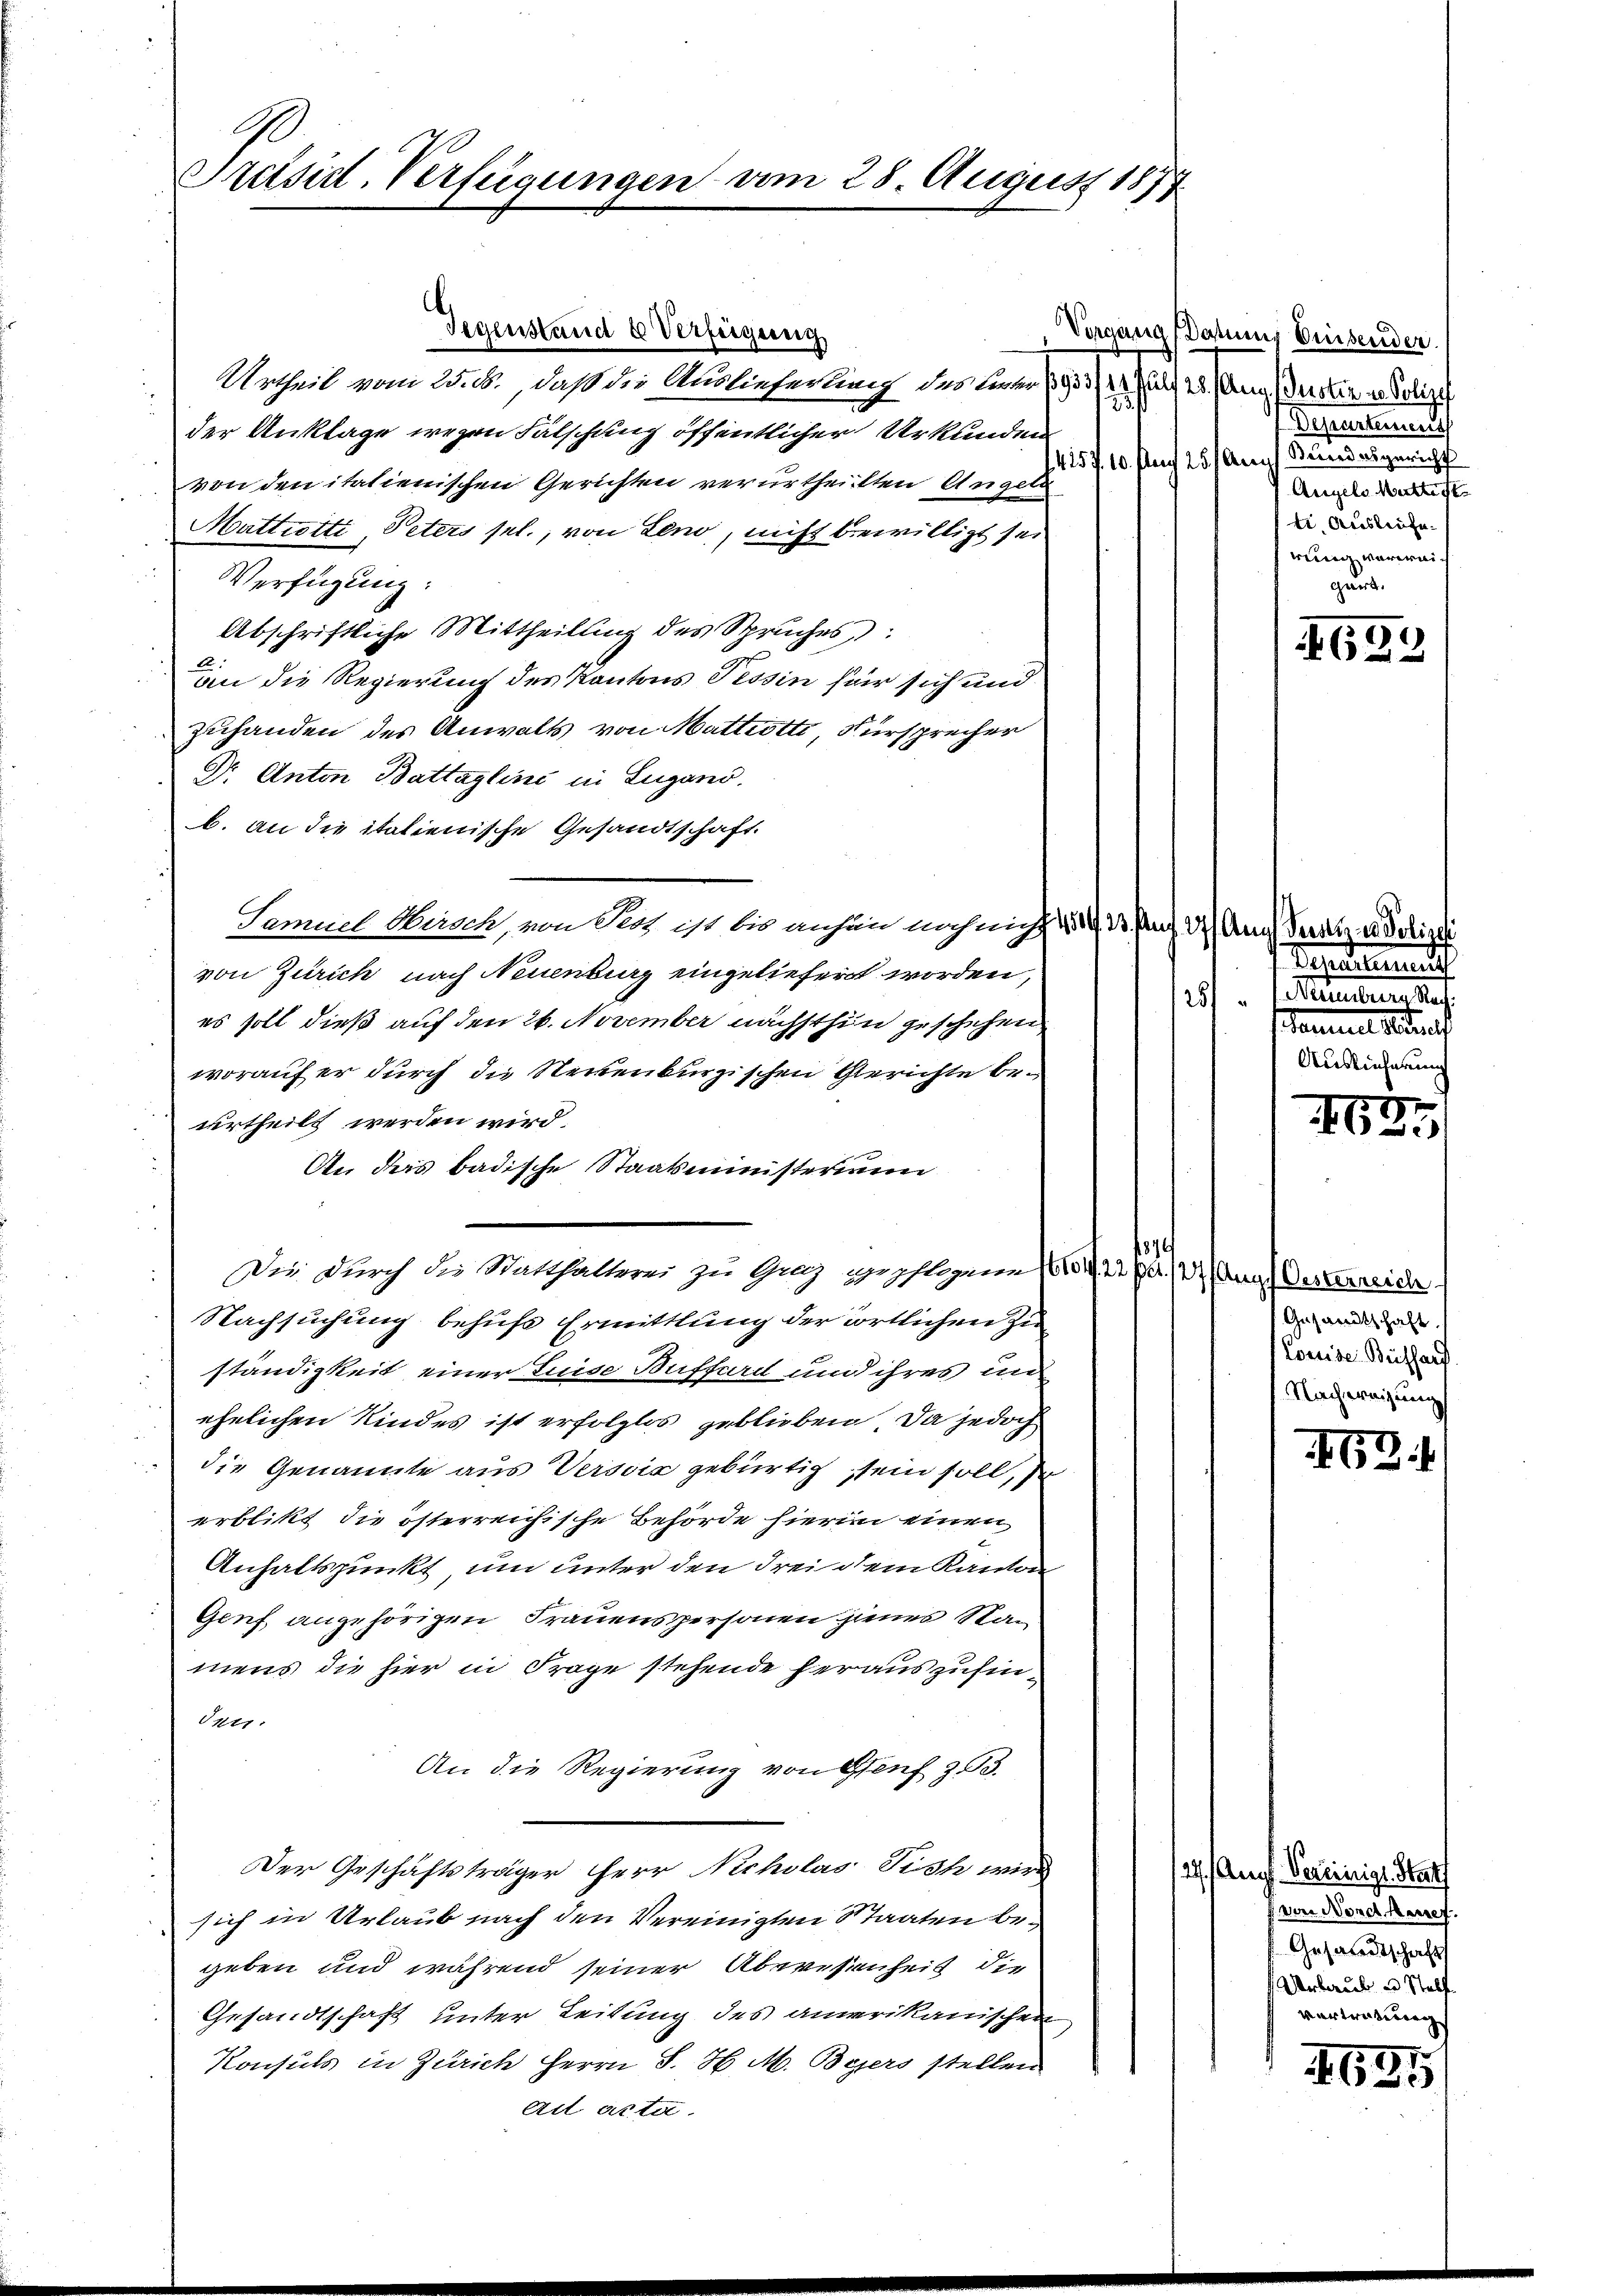
Präsid. Verfügungen am 28. August 1877.

Gegenstand u Verfügung
Urtheil vom 25. b. daß die Auslieferung des war 1903/4 an Suster u. Polize
25/
der Anklage wegen Fälschung öffentlicher Urkunden
von den italienischen Gerichten verurtheilten Angeln
Mattretti, Peters sel., von Leno, nicht bewilligt sei
Verfügung:
Abschriftliche Mittheilung des Spruches:
e
an die Regierung des Kantons Tessin für sich und
zuhanden des Anwalts von Mattiotti, Fürsprecher
Dr. Anton Battaglini in Lugano.
b. an die italienische Gesandtschaft.
Temuel Oberich, von Fetz ist bis anhin noch nicht & B. Pag. 9. Aug. derarz u. Polize
von Zürich nach Neuenburg eingeliefert worden,
es soll dieß auf den 26. November nächsthin geschehen
worauf er durch die Neuenburgischen Gerichte beurtheilt werden wird.
An das badische Staatsministerium
1876
Die durch die Statthalterei zu Graz gepflogenen 1601, 22 p. 12. Aug. Oesterreiche
Nachsuchung behufs Ermittlung der wörtlichen Zu
ständigkeit einer Luise Bufford und ihres un
ehelichen Kindes ist erfolglos geblieben, da jedoch
die Genannte aus Verscia gebürtig sein soll, so
erblikt die österreichische Behörde hierin einen
Anhaltspunkt, um unter den drei dem Kanton
Genf, angehörigen Frauenspersonen jenes Stan
mens die hier in Frage stehende herauszusin¬
Oetr.
An die Regierung von Genf z.3.
Der Geschäftsträger Herr Nicholas Fisch wird
sich in Urlaub nach den Vereinigten Staaten begeben und während seiner Abwesenheit die
Gesandtschaft unter Leitung des amerikanischen
Konsuls in Zürich Herrn S. H. M. Bezers stellen
Art acta

Vorgang Dahnung Beisender
Departement
1425 f. 10. auf 25 (Ausch. Bundergericht
Angels Mittest
ti Ausliefe.
rung verweiguirt.

51
2 x

Legitiment

25
sannes seinen
Auslieferung

7
16

Gesandtschaft.
Louise Buschaf
Nachweisung

163.

127. Aug. Vereinigt. Statt
von Nordthausef.
Gesandtschaft
 Verberal u Stalf
Vertretung

624